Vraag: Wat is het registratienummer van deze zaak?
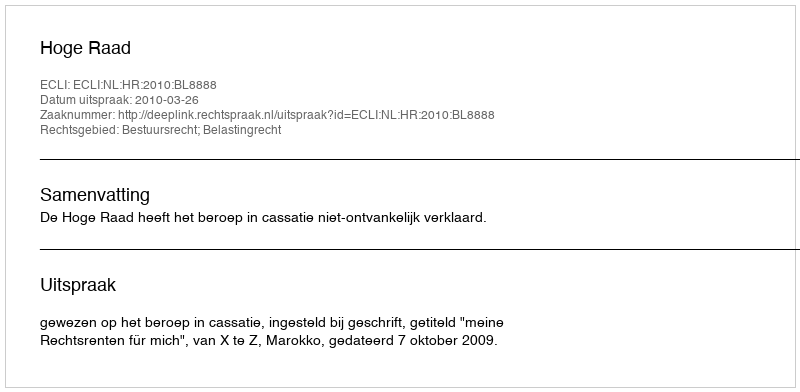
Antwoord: http://deeplink.rechtspraak.nl/uitspraak?id=ECLI:NL:HR:2010:BL8888